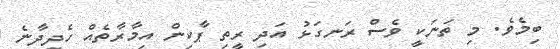
ބިމެވެ. މި ތަނަކީ ވެސް ރަނގަޅު އަދި ރީތި ޕާކިން އިމާރާތެއް ހެދިދާނެ